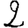
Digit: 2